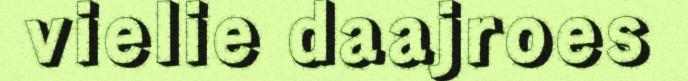
vielie daajroes